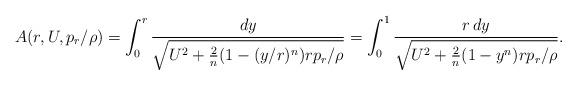
LaTeX: \begin{align*}A(r,U,p_r/\rho) = \int_0^r \frac{dy}{\sqrt{U^2 + \tfrac{2}{n}(1-(y/r)^n)r p_r/\rho}}= \int_0^1 \frac{r\,dy}{\sqrt{U^2 +\tfrac{2}{n}(1-y^n) r p_r/\rho}} . \end{align*}